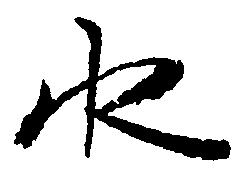
水